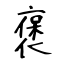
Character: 褒